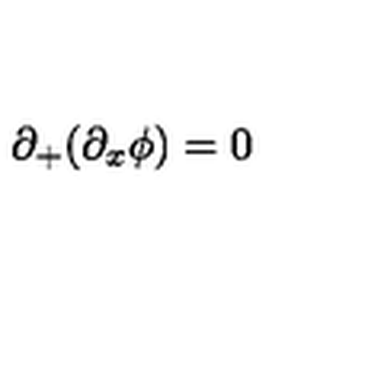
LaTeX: \partial _ { + } ( \partial _ { x } \phi ) = 0